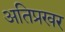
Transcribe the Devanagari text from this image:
अतिप्रखर